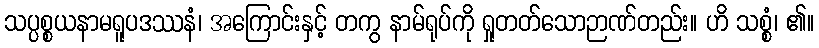
သပ္ပစ္စယနာမရူပဒဿနံ၊ အကြောင်းနှင့် တကွ နာမ်ရုပ်ကို ရှုတတ်သောဉာဏ်တည်း။ ဟိ သစ္စံ၊ ၏။